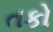
તકો